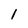
Character: l